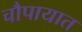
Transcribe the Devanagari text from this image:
चौपायात